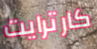
كارترايت